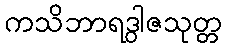
ကသိဘာရဒွါဇသုတ္တ